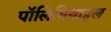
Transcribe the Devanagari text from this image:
पॉलिमिथाइल